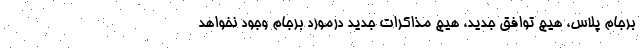
برجام پلاس، هیچ توافق جدید، هیچ مذاکرات جدید درمورد برجام وجود نخواهد